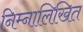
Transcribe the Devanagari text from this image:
निम्नालिखित